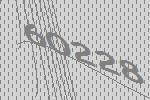
60228